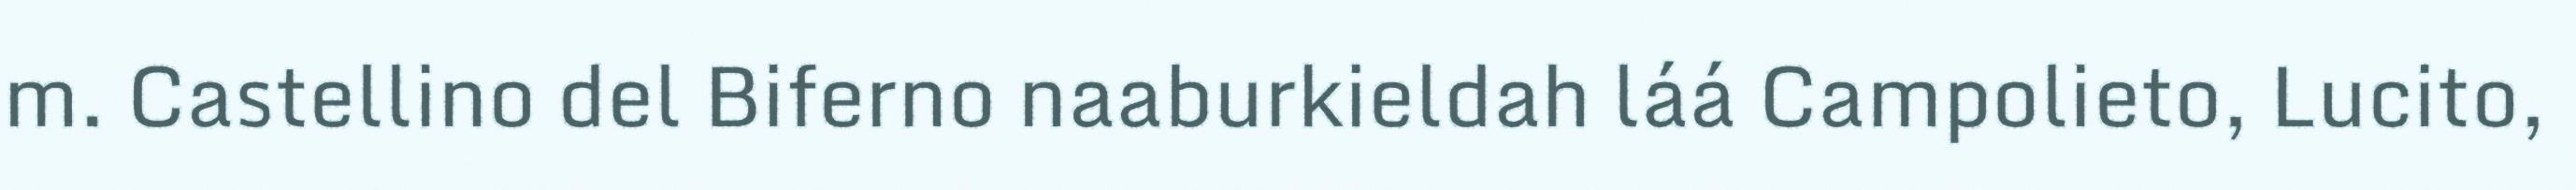
m. Castellino del Biferno naaburkieldah láá Campolieto, Lucito,